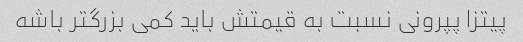
پیتزا پپرونی نسبت به قیمتش باید کمی بزرگتر باشه